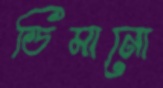
ডিমানো